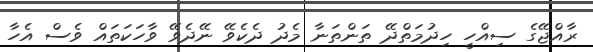
ރާއްޖޭގެ ސިއްހީ ހިދުމަތްދޭ ތަންތަނާ މެދު ދެކެވޭ ނޭދެވޭ ވާހަކަތައް ވެސް އެހާ